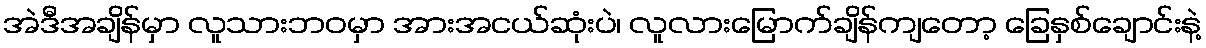
အဲဒီအချိန်မှာ လူသားဘဝမှာ အားအငယ်ဆုံးပဲ၊ လူလားမြောက်ချိန်ကျတော့ ခြေနှစ်ချောင်းနဲ့